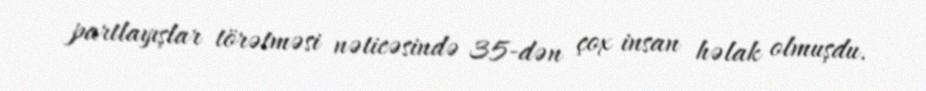
partlayışlar törətməsi nəticəsində 35-dən çox insan həlak olmuşdu.